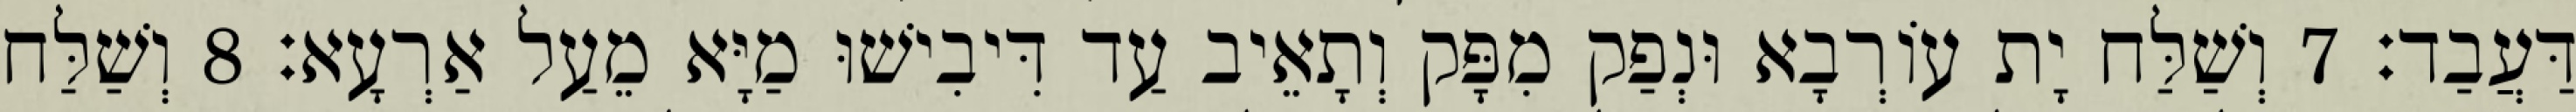
דַּעֲבַד׃ 7 וְשַׁלַּח יָת עוֹרְבָא וּנְפַק מִפָּק וְתָאֵיב עַד דִּיבִישׁוּ מַיָּא מֵעַל אַרְעָא׃ 8 וְשַׁלַּח